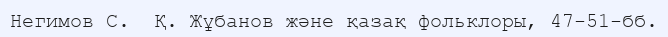
Негимов С.  Қ. Жұбанов және қазақ фольклоры, 47-51-бб.